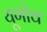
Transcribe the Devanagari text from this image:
यूगोव